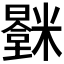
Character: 𬖻